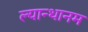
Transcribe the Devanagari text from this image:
ल्यान्थानम